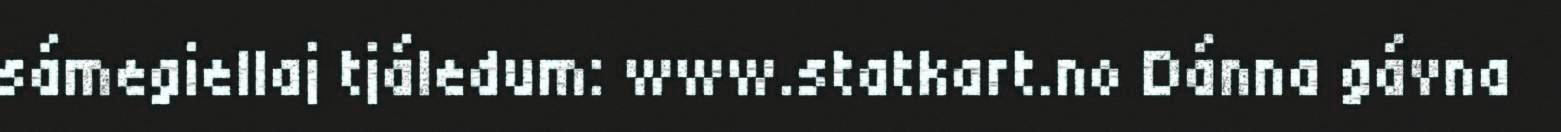
sámegiellaj tjáledum: www.statkart.no Dánna gávna